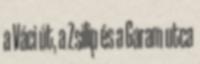
a Váci út, a Zsilip és a Garam utca